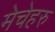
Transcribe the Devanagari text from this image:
मेचेहरु